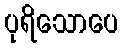
ပုရိသောပေ